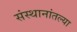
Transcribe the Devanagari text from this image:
संस्थानांतल्या